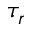
\tau _ { r }